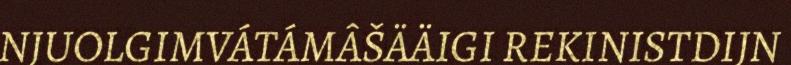
NJUOLGIMVÁTÁMÂŠÄÄIGI REKINISTDIJN